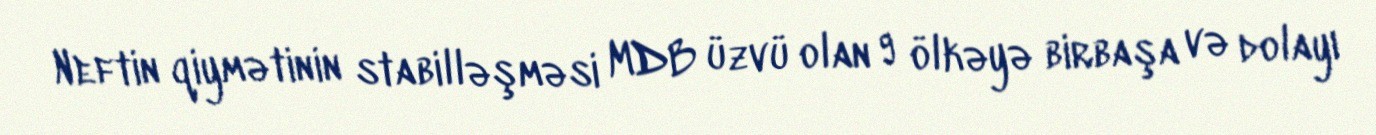
Neftin qiymətinin stabilləşməsi MDB üzvü olan 9 ölkəyə birbaşa və dolayı